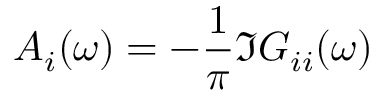
A _ { i } ( \omega ) = - \frac { 1 } { \pi } \Im G _ { i i } ( \omega )